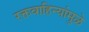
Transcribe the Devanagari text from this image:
रक्तवाहिन्यांमुळे